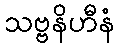
သဗ္ဗနိဟီနံ